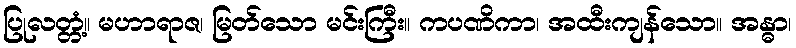
ပြုလတ္တံ့။ မဟာရာဇ၊ မြတ်သော မင်းကြီး။ ကပဏိကာ၊ အထီးကျန်သော။ အန္ဓာ၊